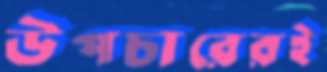
উপচারেরই